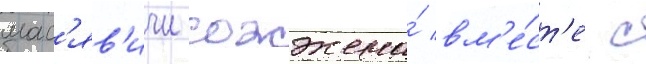
мас'яв'ичи сожжена́ вм'е́ст'е с